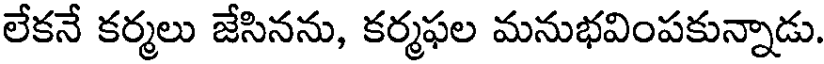
లేకనే కర్మలు జేసినను, కర్మఫల మనుభవింపకున్నాడు.